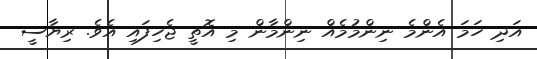
އަދި ހަމަ އެންމެ ނިންމުމެއް ނިންމާން މި އޮތީ ޖެހިފައި އެވެ. ރިޔާސީ